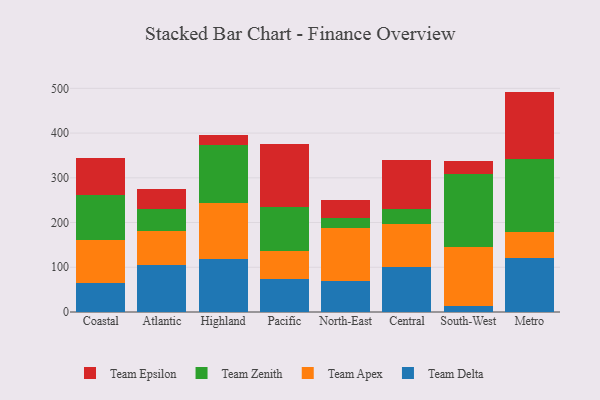
{"axis": {"x": "Region", "y": "Waste Production (Tons)"}, "legend": ["Team Apex", "Team Delta", "Team Epsilon", "Team Zenith"], "data": [{"x": "Coastal", "y": 64.0, "type": "Team Delta"}, {"x": "Coastal", "y": 96.5, "type": "Team Apex"}, {"x": "Coastal", "y": 101.6, "type": "Team Zenith"}, {"x": "Coastal", "y": 82.0, "type": "Team Epsilon"}, {"x": "Atlantic", "y": 104.7, "type": "Team Delta"}, {"x": "Atlantic", "y": 76.1, "type": "Team Apex"}, {"x": "Atlantic", "y": 50.4, "type": "Team Zenith"}, {"x": "Atlantic", "y": 42.8, "type": "Team Epsilon"}, {"x": "Highland", "y": 119.4, "type": "Team Delta"}, {"x": "Highland", "y": 124.9, "type": "Team Apex"}, {"x": "Highland", "y": 129.8, "type": "Team Zenith"}, {"x": "Highland", "y": 20.5, "type": "Team Epsilon"}, {"x": "Pacific", "y": 73.2, "type": "Team Delta"}, {"x": "Pacific", "y": 63.7, "type": "Team Apex"}, {"x": "Pacific", "y": 97.0, "type": "Team Zenith"}, {"x": "Pacific", "y": 142.3, "type": "Team Epsilon"}, {"x": "North-East", "y": 69.9, "type": "Team Delta"}, {"x": "North-East", "y": 118.8, "type": "Team Apex"}, {"x": "North-East", "y": 22.2, "type": "Team Zenith"}, {"x": "North-East", "y": 39.4, "type": "Team Epsilon"}, {"x": "Central", "y": 99.7, "type": "Team Delta"}, {"x": "Central", "y": 96.4, "type": "Team Apex"}, {"x": "Central", "y": 35.0, "type": "Team Zenith"}, {"x": "Central", "y": 109.4, "type": "Team Epsilon"}, {"x": "South-West", "y": 12.7, "type": "Team Delta"}, {"x": "South-West", "y": 131.6, "type": "Team Apex"}, {"x": "South-West", "y": 163.9, "type": "Team Zenith"}, {"x": "South-West", "y": 28.9, "type": "Team Epsilon"}, {"x": "Metro", "y": 121.0, "type": "Team Delta"}, {"x": "Metro", "y": 57.8, "type": "Team Apex"}, {"x": "Metro", "y": 162.8, "type": "Team Zenith"}, {"x": "Metro", "y": 151.1, "type": "Team Epsilon"}]}